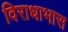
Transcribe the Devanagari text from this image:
विराधाभास